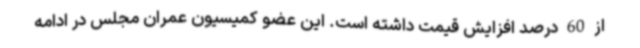
از 60 درصد افزایش قیمت داشته است. این عضو کمیسیون عمران مجلس در ادامه